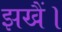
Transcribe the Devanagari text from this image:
झखैं।